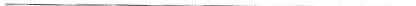
___